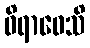
ဝိရာဓေသိ